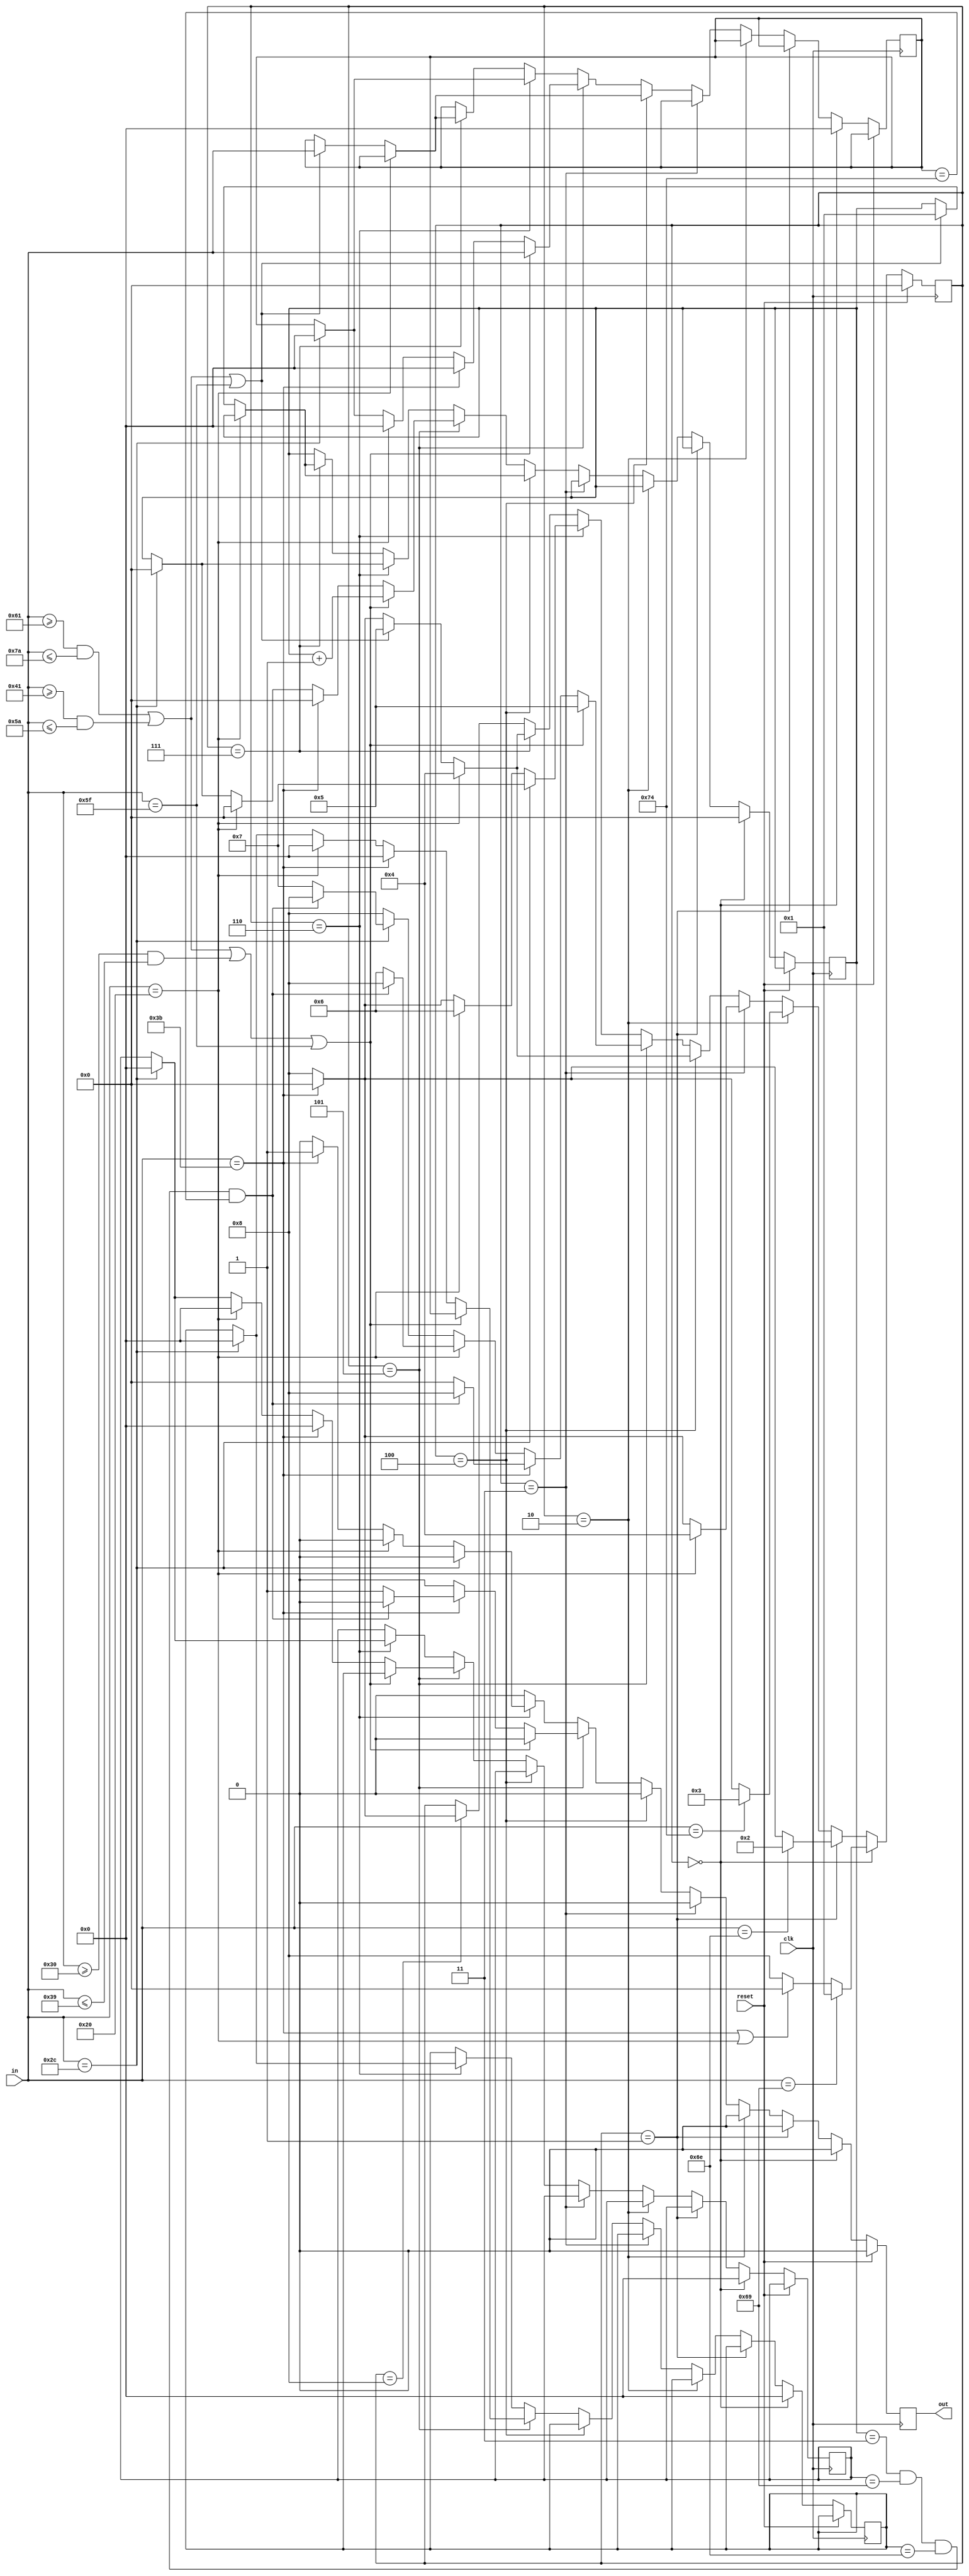
`timescale 1ns / 1ps

`define S0 4'b0000
`define S1 4'b0001
`define S2 4'b0010
`define S3 4'b0011
`define S4 4'b0100
`define S5 4'b0101
`define S6 4'b0110
`define S7 4'b0111
`define S8 4'b1000

module intcheck(
    input clk,
    input reset,
    input [7:0] in,
    output reg out
    );

reg [3:0] status;
reg [7:0] s2;
reg [7:0] s1;
reg [7:0] s0;
reg [3:0] count;

always @(posedge clk) begin
	if(reset==1) begin
		status <= 0;
		out = 0;
	end
	
	else begin
    
    out = 0;
		
    if(status==`S0) begin
      if(in=="i") 
        status <= `S1;
      else if(in==";"||in==" "||in=="\t")
        status <= `S0;
      else
        status <= `S8;

      count <=0;
      s2<=0;
      s1<=0;
      s0<=0;
    end
		
    //i
    else if(status==`S1) begin
      if(in=="n") 
        status <= `S2;
      else if(in==";")
        status <= `S0;
      else
        status <= `S8;
    end
		
    //n
    else if(status==`S2) begin
      if(in=="t")
        status <= `S3;
      else if(in==";")
        status <= `S0;
      else
        status <= `S8;
    end

    //t
    else if(status==`S3) begin
      if(in==" " || in == "\t") 
        status <= `S4;
      else if(in==";")
        status <= `S0;
      else
        status <= `S8;
    end

    //" "
    else if(status==`S4) begin
      if(in==" " || in == "\t") 
        status <= `S4;
      else if ((in>="a" && in<="z")||(in>="A" && in<="Z")||in=="_") begin
        status <= `S5;
        s0 <= in;
        count <= 1;
      end
      else if(in==";")
        status <= `S0;
      else
        status <= `S8;
    end

    else if(status==`S5) begin
      if ((in>="a" && in<="z")||(in>="A" && in<="Z")||in>="0" && in<="9"||in=="_") begin
        status <= `S5;
        s0 <= in;
        s1 <= s0;
        s2 <= s1;
        count <= count + 1;
      end

      else if(in == ";") begin
        if(count == 4'b0011 && s2=="i" && s1=="n" && s0=="t")
          status <= `S8;
        else begin
          status <= `S0;
          out =1;
        end

        count <=0;
        s2<=0;
        s1<=0;
        s0<=0;
      end

      else if(in == " " || in =="\t") begin
        if(count == 4'b0011 && s2=="i" && s1=="n" && s0=="t")
          status <= `S8;
        else
          status <= `S6;

        count <=0;
        s2<=0;
        s1<=0;
        s0<=0;
      end

      else if(in == ",") begin
        if(count == 4'b0011 && s2=="i" && s1=="n" && s0=="t")
          status <= `S8;
        else 
          status <= `S7;

        count <=0;
        s2<=0;
        s1<=0;
        s0<=0;
      end

      else
        status <= `S8;
    end

    else if(status==`S6) begin
      if(in==",") begin
        status <= `S7;

        count <=0;
        s2<=0;
        s1<=0;
        s0<=0;
      end

      else if(in == " " || in =="\t")
        status <= `S6;
      
      else if(in == ";") begin
          status <= `S0;
          out =1 ;
      end
      
      else
        status <= `S8;
    end
		
    else if(status==`S7) begin
      if(in == " " || in =="\t")
        status <= `S4;
      else if ((in>="a" && in<="z")||(in>="A" && in<="Z")||in=="_") begin
        status <= `S5;
        s0 <= in;
        count <= 1;
      end
      else if(in==";")
        status <= `S0;
      else
        status <= `S8;
    end

    else if(status==`S8) begin
      if(in==";")
        status <= `S0;
      else
        status <= `S8;
    end
	end
end
endmodule